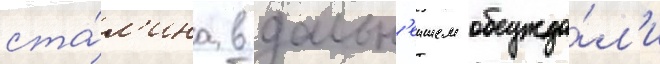
ста́л'ина в дальн'еишем обсужда́л'и